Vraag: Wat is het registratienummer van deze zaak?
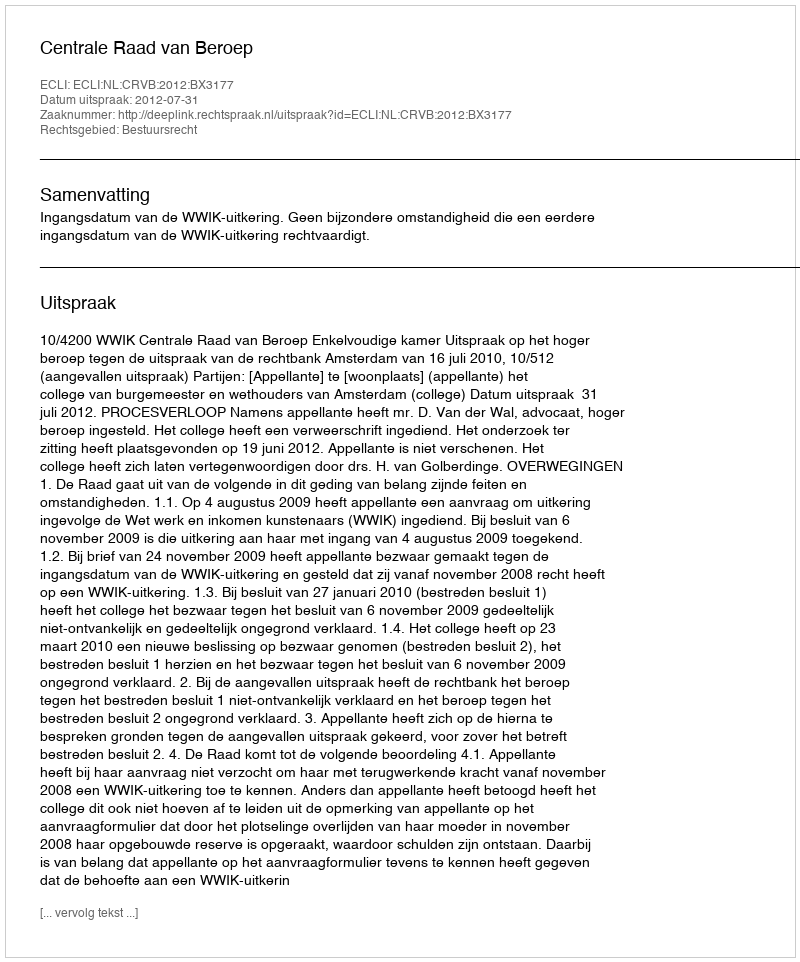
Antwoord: http://deeplink.rechtspraak.nl/uitspraak?id=ECLI:NL:CRVB:2012:BX3177